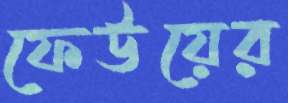
ফেউয়ের